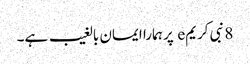
8 نبی کریمe پر ہمارا ایمان بالغیب ہے۔